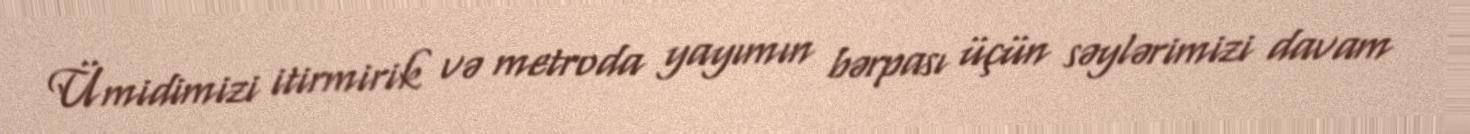
Ümidimizi itirmirik və metroda yayımın bərpası üçün səylərimizi davam